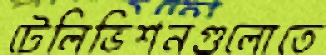
টেলিভিশনগুলোতে